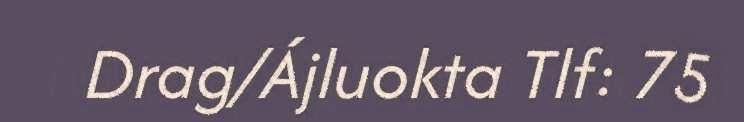
Drag/Ájluokta Tlf: 75